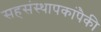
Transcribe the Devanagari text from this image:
सहसंस्थापकांपैकी